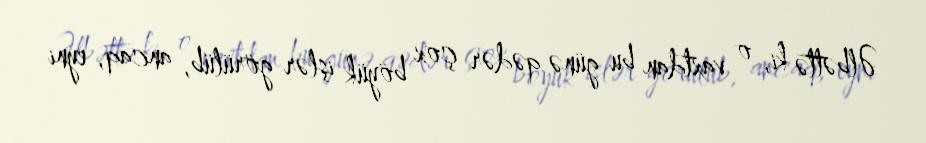
Əlbəttə ki, o vaxtdan bu günə qədər çox böyük işlər görülüb, ancaq, eyni